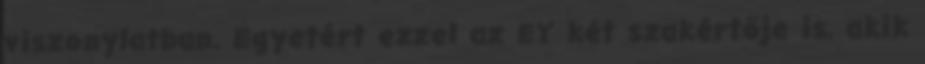
viszonylatban. Egyetért ezzel az EY két szakértője is, akik